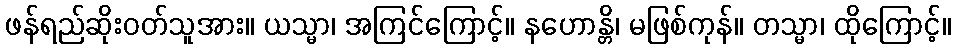
ဖန်ရည်ဆိုးဝတ်သူအား။ ယသ္မာ၊ အကြင်ကြောင့်။ နဟောန္တိ၊ မဖြစ်ကုန်။ တသ္မာ၊ ထိုကြောင့်။